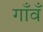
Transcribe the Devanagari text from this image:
गाँवँ